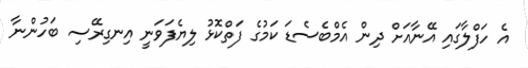
އެ ހަފްލާގައި އޭނާއަށް ދިން އެމްބެސެޑަ ކަމުގެ ފަތްކޮޅު ލިޔެފަވަނީ އިނގިރޭސި ބަހުންނާ